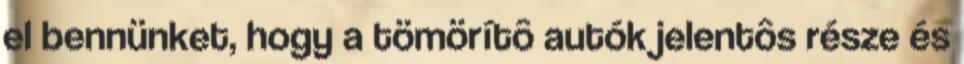
el bennünket, hogy a tömörítô autók jelentôs része és